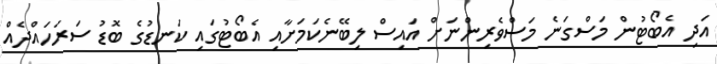
އަދި އެބޯޓުން މަސްގަނެ މަސްވެރިންނަށް އައިސް ލިބޭނެކަމަށާއި އެބޯޓުގައި ކަނޑުގެ ބޮޑު ސަރަހައްދެއް